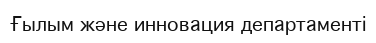
Ғылым және инновация департаменті